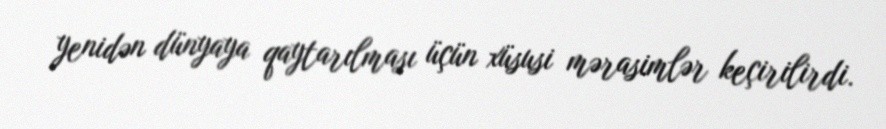
yenidən dünyaya qaytarılması üçün xüsusi mərasimlər keçirilirdi.